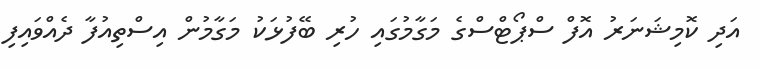
އަދި ކޮމިޝަނަރު އޮފް ސްޕޯޓްސްގެ މަގާމުގައި ހުރި ބޭފުޅަކު މަގާމުން އިސްތިއުފާ ދެއްވައިފި